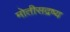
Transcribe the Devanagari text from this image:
मोतीसद्रष्य